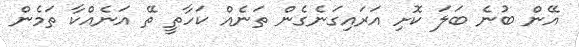
އޭން ބުނެ ބަލަ ކޮށި އަރައިގަނެގެން ތަނެއް ކަހާތީ ތޭ އަނެއްކާ ތަމެން